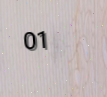
01